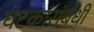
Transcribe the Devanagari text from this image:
घटकांसंबंधी